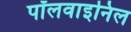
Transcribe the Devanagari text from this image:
पॉलवाइनिल